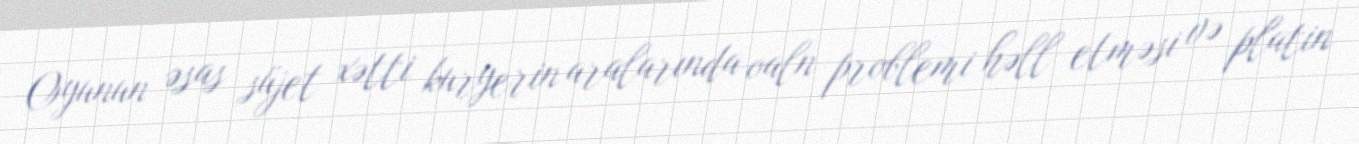
Oyunun əsas süjet xətti kuryerin aralarında oaln problemi həll etməsi və platin